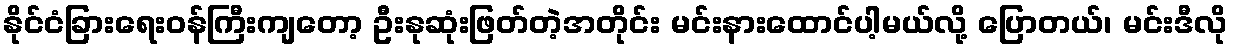
နိုင်ငံခြားရေးဝန်ကြီးကျတော့ ဦးနုဆုံးဖြတ်တဲ့အတိုင်း မင်းနားထောင်ပါ့မယ်လို့ ပြောတယ်၊ မင်းဒီလို